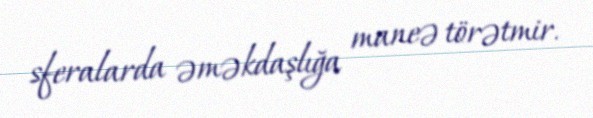
sferalarda əməkdaşlığa maneə törətmir.